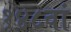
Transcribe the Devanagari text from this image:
१४८वां